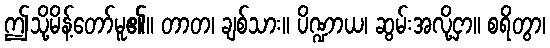
ဤသို့မိန့်တော်မူ၏။ တာတ၊ ချစ်သား။ ပိဏ္ဍာယ၊ ဆွမ်းအလို့ငှာ။ စရိတွာ၊